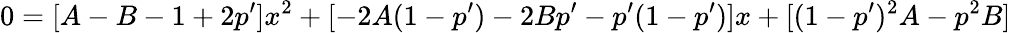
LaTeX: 0=[A-B-1+2p^{\prime}]x^{2}+[-2A(1-p^{\prime})-2Bp^{\prime}-p^{\prime}(1-p^{\prime})]x+[(1-p^{\prime})^{2}A-p^{2}B]